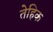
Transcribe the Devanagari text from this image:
तेहिक